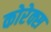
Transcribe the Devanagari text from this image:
कोरेक्स